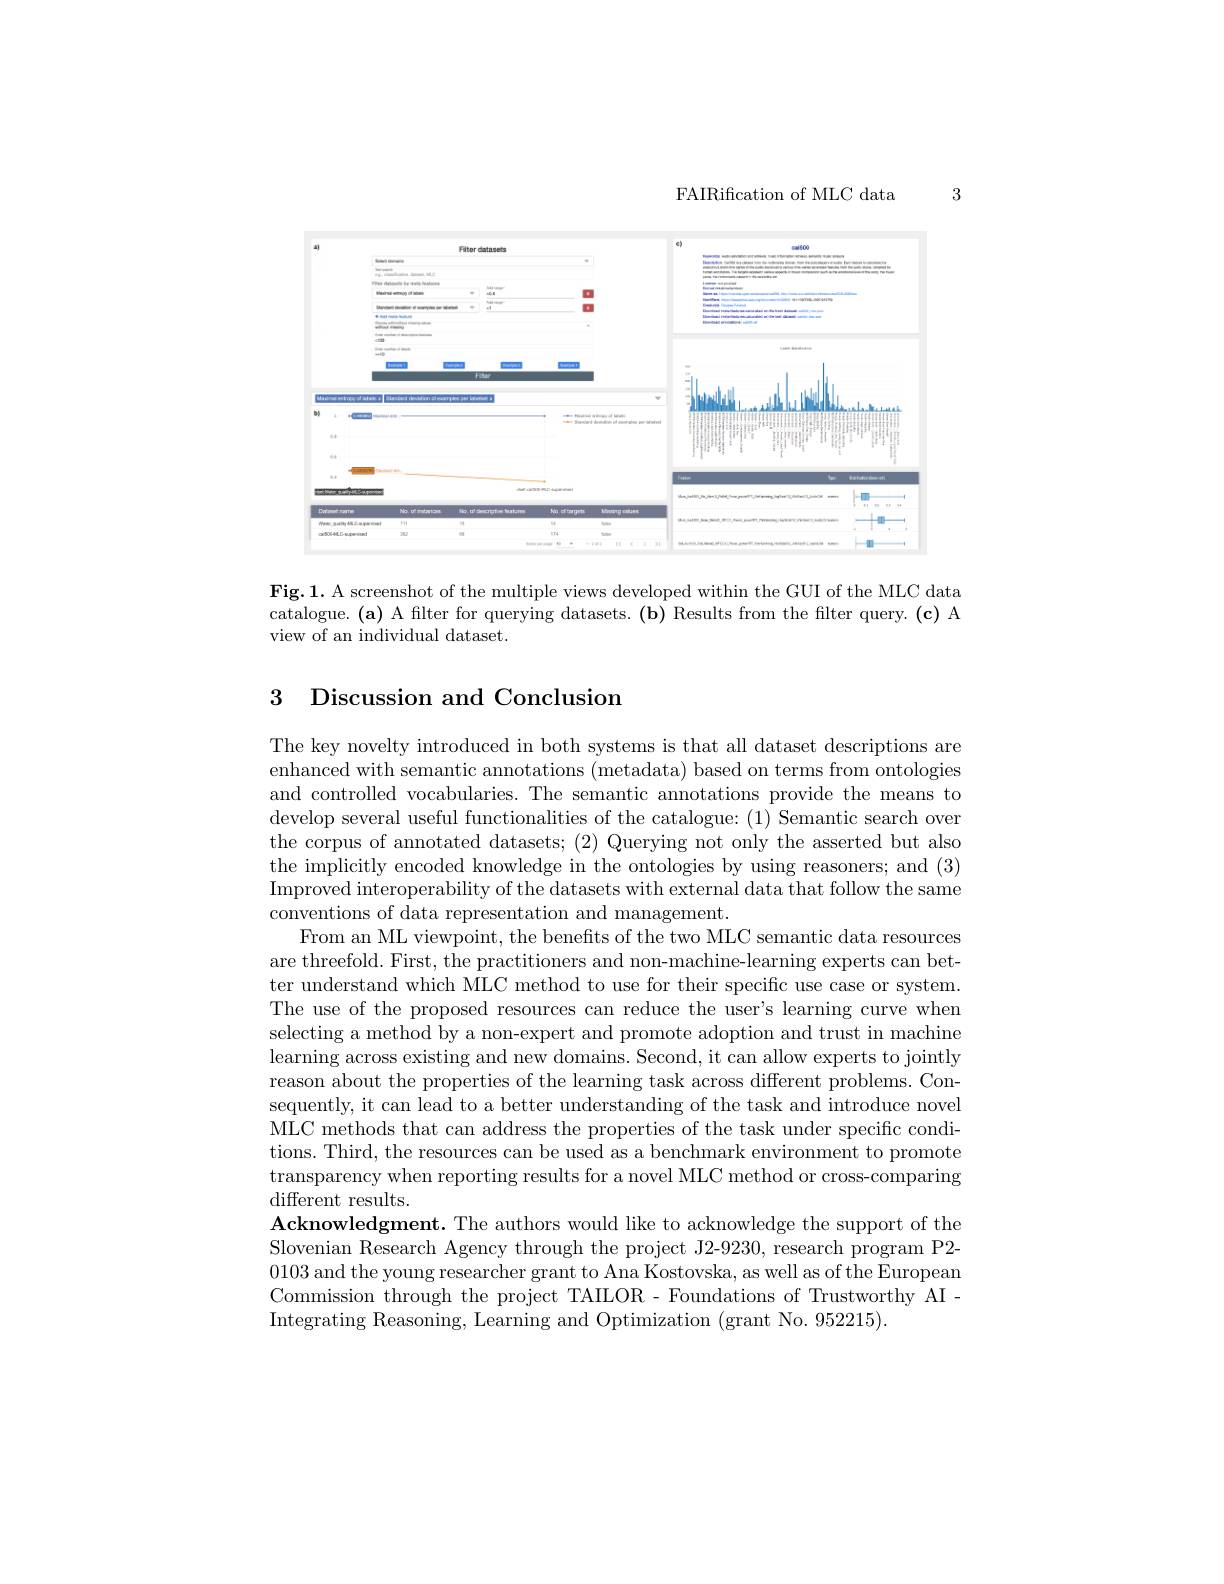
3

FAIRification of MLC data

<FigureHere>

Fig.1. A screenshot of the multiple views developed within the GUI of the MLC data catalogue.(a) A filter for querying datasets.(b) Results from the filter query.(c) A view of an individual dataset.

# 3 Discussion and Conclusion

The key novelty introduced in both systems is that all dataset descriptions are enhanced with semantic annotations (metadata) based on terms from ontologies and controlled vocabularies. The semantic annotations provide the means to develop several useful functionalities of the catalogue: (1) Semantic search over the corpus of annotated datasets; (2) Querying not only the asserted but also the implicitly encoded knowledge in the ontologies by using reasoners; and (3) Improved interoperability of the datasets with external data that follow the same conventions of data representation and management.
From an ML viewpoint, the benefits of the two MLC semantic data resources are threefold. First, the practitioners and non-machine-learning experts can better understand which MLC method to use for their specific use case or system. The use of the proposed resources can reduce the user's learning curve when selecting a method by a non-expert and promote adoption and trust in machine learning across existing and new domains. Second, it can allow experts to jointly reason about the properties of the learning task across different problems. Consequently, it can lead to a better understanding of the task and introduce novel MLC methods that can address the properties of the task under specific conditions. Third, the resources can be used as a benchmark environment to promote transparency when reporting results for a novel MLC method or cross-comparing different results.
Acknowledgment. The authors would like to acknowledge the support of the Slovenian Research Agency through the project J2-9230, research program P2- 0103 and the young researcher grant to Ana Kostovska, as well as of the European Commission through the project TAILOR- Foundations of Trustworthy AIIntegrating Reasoning, Learning and Optimization (grant No. 952215).